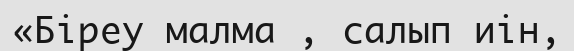
«Біреу малма , салып иін,